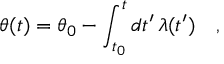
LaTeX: \theta ( t ) = \theta _ { 0 } - \int _ { t _ { 0 } } ^ { t } d t ^ { \prime } \, \lambda ( t ^ { \prime } ) \ \ \ ,